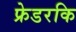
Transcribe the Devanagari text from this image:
फ्रेडरकि